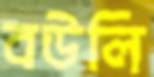
বউলি